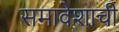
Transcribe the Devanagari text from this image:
समावेशाची